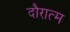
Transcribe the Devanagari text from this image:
दौरात्म